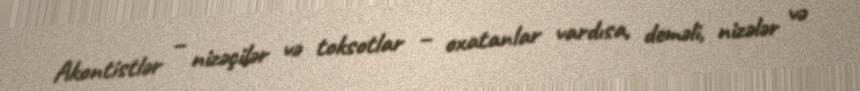
Akontistlər – nizəçilər və toksotlar – oxatanlar vardısa, deməli, nizələr və